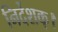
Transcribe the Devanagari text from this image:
निर्देशक्।